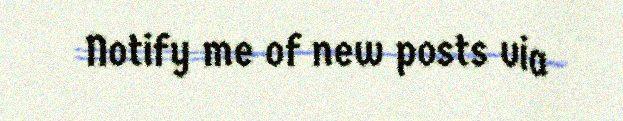
Notify me of new posts via